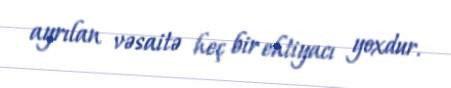
ayrılan vəsaitə heç bir ehtiyacı yoxdur.